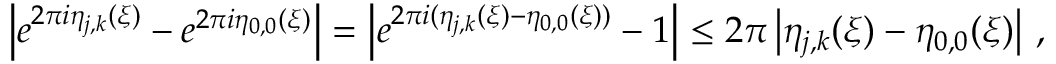
\left\vert e ^ { 2 \pi i \eta _ { j , k } ( \boldsymbol { \xi } ) } - e ^ { 2 \pi i \eta _ { 0 , 0 } ( \boldsymbol { \xi } ) } \right\vert = \left\vert e ^ { 2 \pi i ( \eta _ { j , k } ( \boldsymbol { \xi } ) - \eta _ { 0 , 0 } ( \boldsymbol { \xi } ) ) } - 1 \right\vert \leq 2 \pi \left\vert \eta _ { j , k } ( \boldsymbol { \xi } ) - \eta _ { 0 , 0 } ( \boldsymbol { \xi } ) \right\vert \, ,